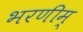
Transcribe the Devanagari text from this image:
भरणीम्